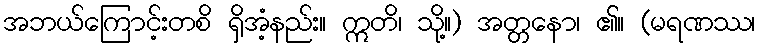
အဘယ်ကြောင့်းတစိ ရှိအံ့နည်း။ ဣတိ၊ သို့။) အတ္တနော၊ ၏။ (မရဏဿ၊